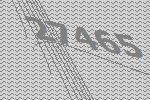
27465